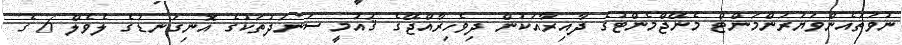
ނުވަތައެންވަޔަރަންމަންޓް މެނޭޖްމެންޓުގެ ދާއިރާއަކުން ދިވެހިރާއްޖޭގެ ޤައުމީ ސަނަދުތަކުގެ އޮނިގަނޑުގެ ލެވެލް 6 ގެ